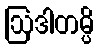
ဩဒါတမ္ပိ